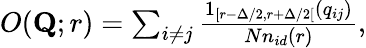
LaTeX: \begin{array}{r}{O(\mathbf{Q};r)=\sum_{i\neq j}\frac{1_{[r-\Delta/2,r+\Delta/2[}(q_{ij})}{Nn_{id}(r)},}\end{array}